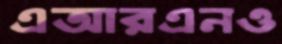
এআরএনও